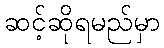
ဆင့်ဆိုရမည်မှာ